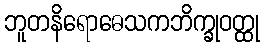
ဘူတနိရောဓေသကဘိက္ခုဝတ္ထု